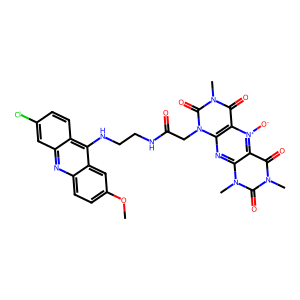
SMILES: COc1ccc2nc3cc(Cl)ccc3c(NCCNC(=O)Cn3c(=O)n(C)c(=O)c4c3nc3c(c(=O)n(C)c(=O)n3C)[n+]4[O-])c2c1
Inhibits HIV replication: No